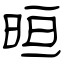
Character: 晅